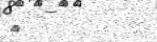
٢